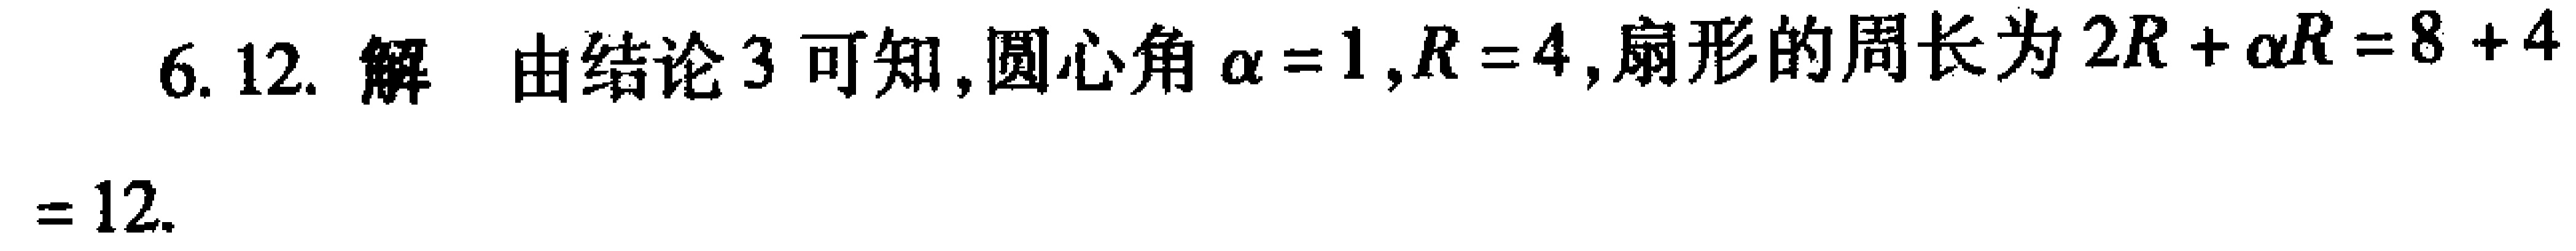
6. 12. 解 由结论 3 可知, 圆心角 \(\alpha = 1\), \(R = 4\), 扇形的周长为 \(2R+\alpha R=8 + 4= 12\).